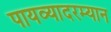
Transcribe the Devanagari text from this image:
पायव्यादरम्यान